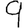
Digit: 9